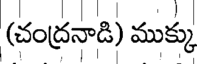
(చంద్రనాడి) ముక్కు